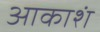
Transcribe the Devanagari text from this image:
आकाशं